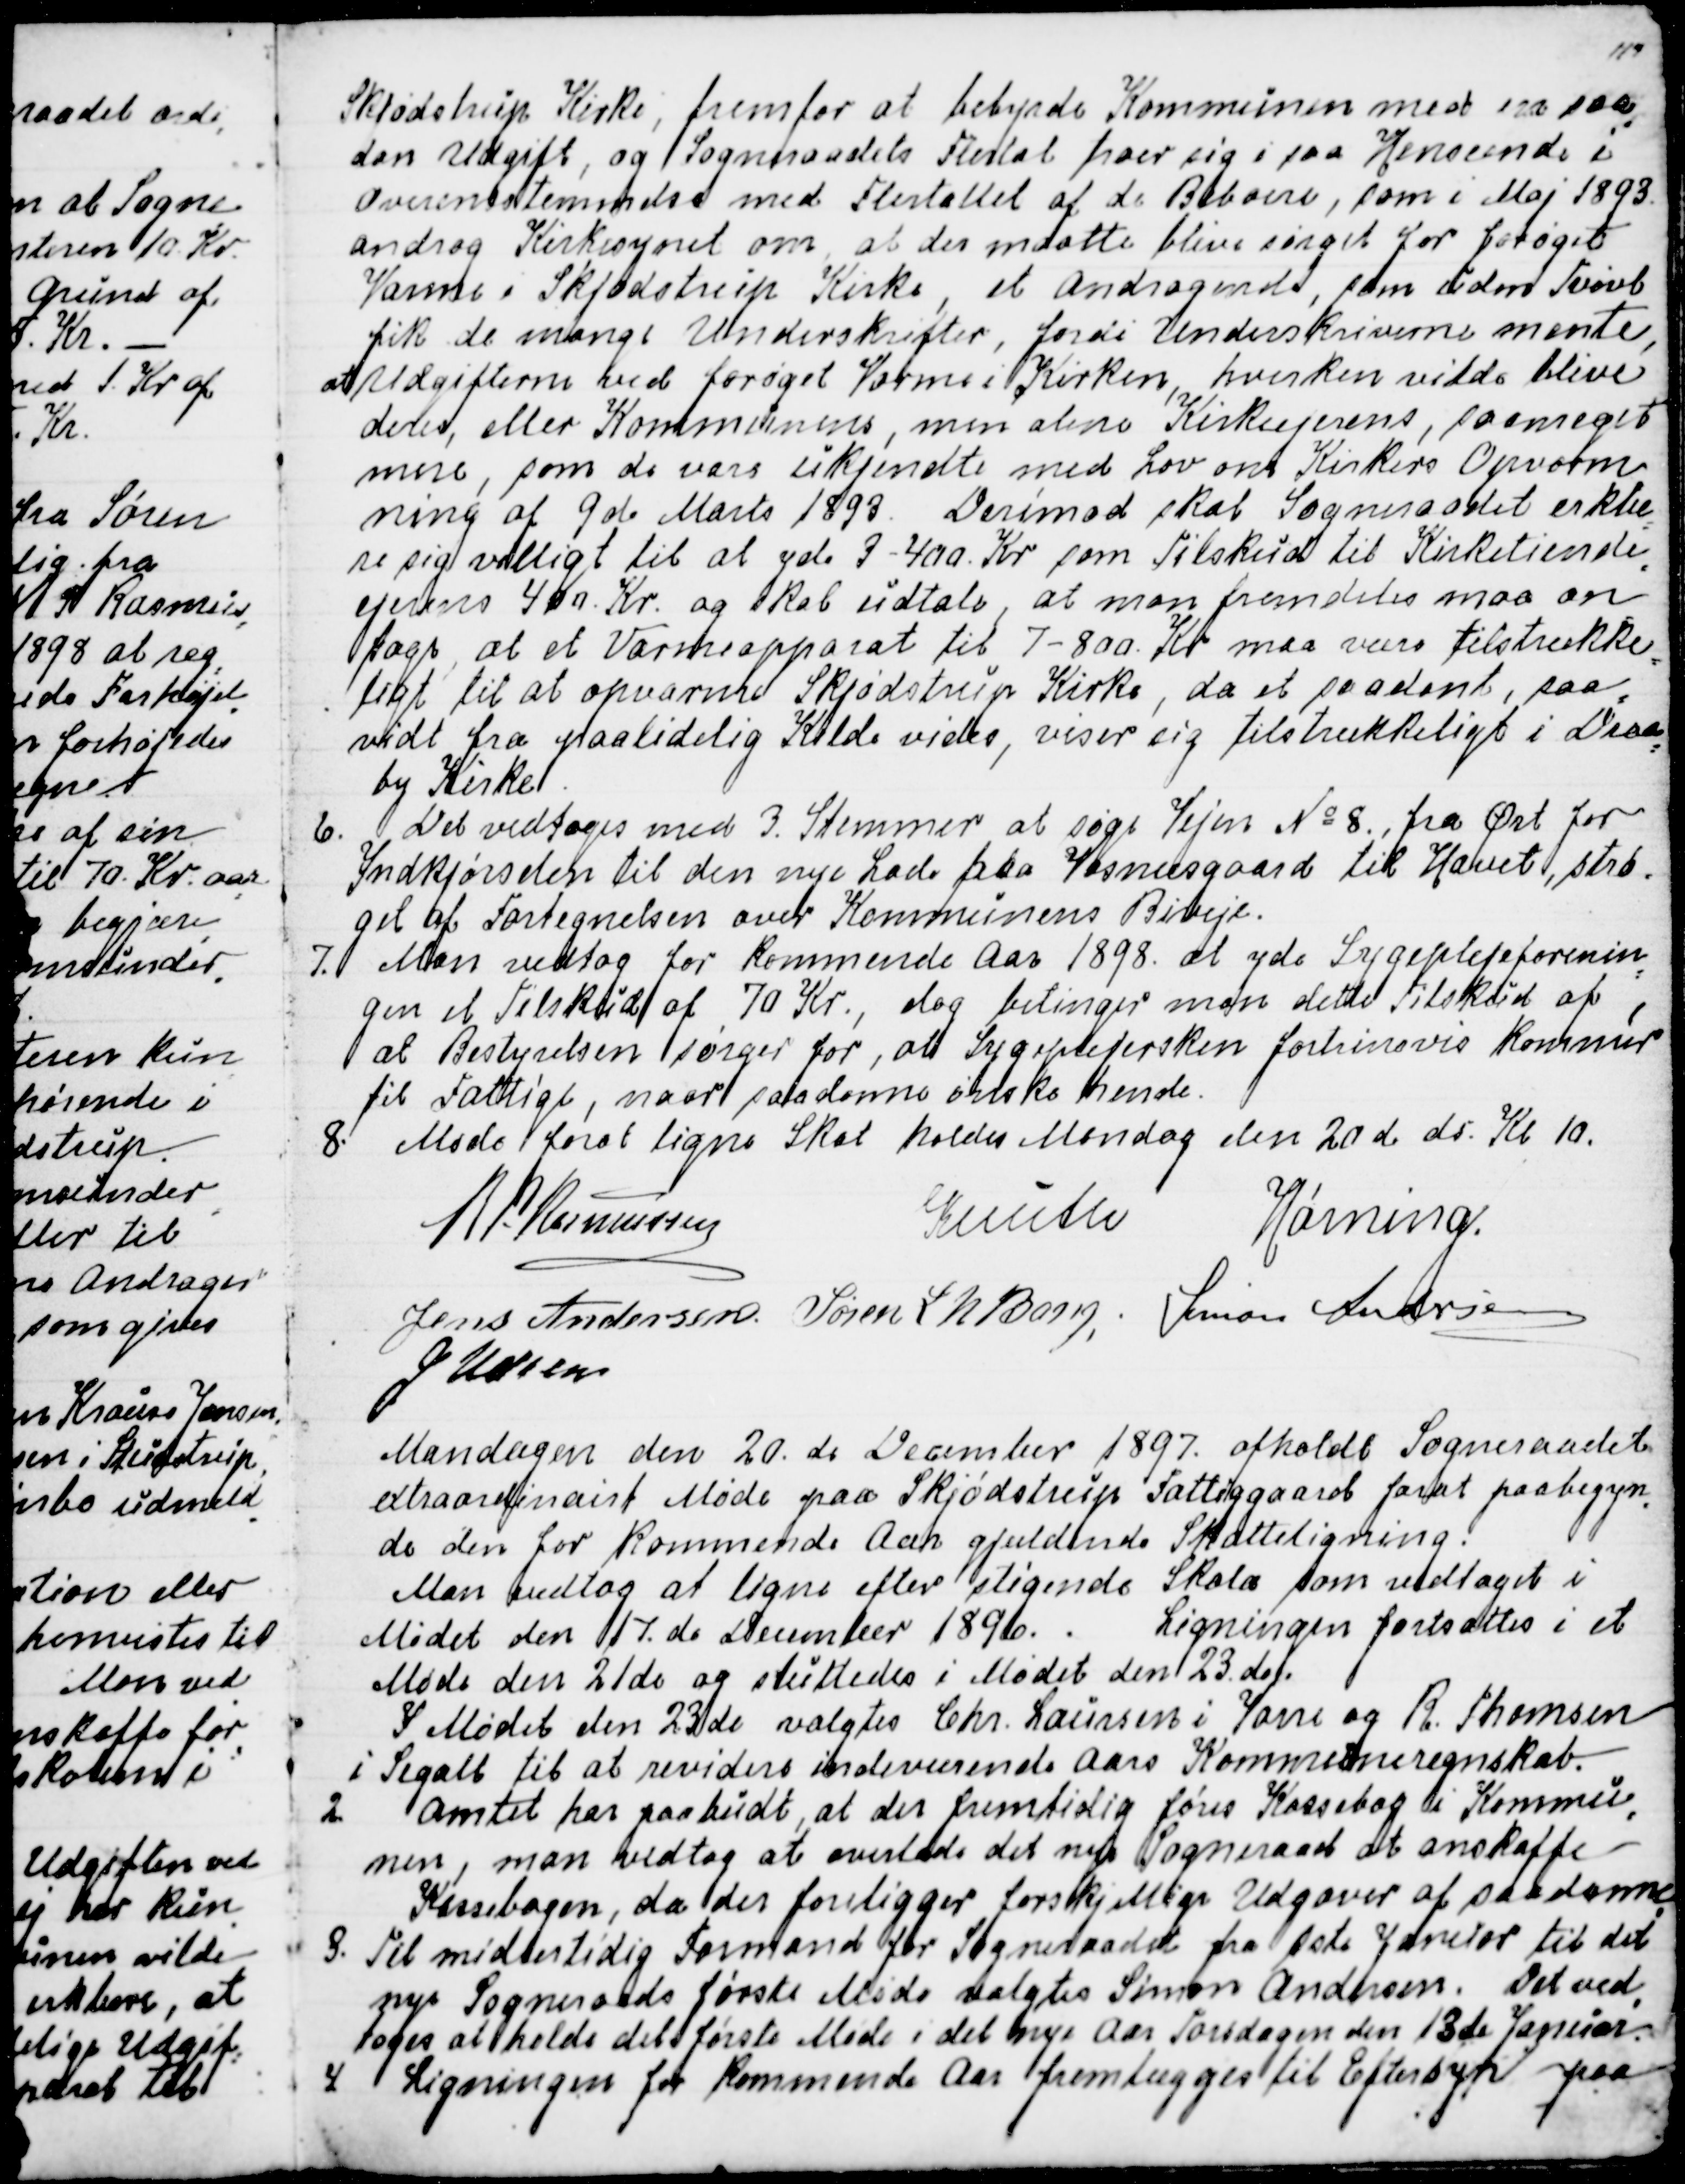
Transskription:
Skjødstrup Kirke, fremfor at bebyrde Kommunen med en saa
=
dan Udgift, og Sogneraadets Flertal troer sig i saa Henseende i
Overensstemmelse med Flertallet af de Beboere, som i Maj 1893
androg Kirkesynet om, at der maatte blive sørget for forøget
Varme i Skjødstrup Kirke, et Andragende, som uden Tvivl
fik de mange Underskrifter, fordi Underskriverne mente,
at Udgifterne ved forøget Varme i Kirken, hverken vilde blive
deres, eller Kommunens, men alene Kirkeejerens, saameget
mere, som de vare ukjendte med Lov om Kirkens Opvarm
=
ning af 9de Marts 1893. Derimod skal Sogneraadet erklæ
=
re sig villigt til at yde 3-400. Kr som Tilskud til Kirketiende
=
ejerens 400. Kr og skal udtale, at man fremdeles maa an
=
tage, at et Varmeapparat til 7-800. Kr maa være tilstrække
=
ligt til at opvarme Skjødstrup Kirke, da et saadant, saa
=
vidt fra paalidelig Kilde vides, viser sig tilstrækkeligt i Draa
=
by Kirke.
6. Det vedtoges med 3. Stemmer at søge Vejen № 8., fra Øst for
Indkjørselen til den nye Lade paa Vosnæsgard til Havet, strø
=
get af Fortegnelsen over Kommunens Biveje.
7. Man vedtog for kommende Aar 1898 at yde Sygeplejeforenin
=
gen et Tilskud af 70 Kr., dog betinger man dette Tilskud af,
at Bestyrelsen sørger for, at Sygeplejersken fortrinsvis kommer
til Fattige, naar saadanne ønske hende.
8. Møde forat ligne Skat holdes Mandag den 20de ds. Kl 10.
R P. Rasmussen
Knuth
Hørning.
Jens Andersen.
Søren L N Bang
Simon Andersen
J Udsen

Mandagen den 20de December 1897. afholdt Sogneraadet
extraordinairt Møde paa Skjødstrup Fattiggaard forat paabegyn
=
de den for kommende Aar gjældende Skatteligning.
Man vedtog at ligne efter stigende Skala, som vedtaget i
Mødet den 17.de December 1896. Ligningen fortsættes i et
Møde den 21de og sluttedes i Mødet den 23.de.
I Mødet den 23de valgtes Chr. Laursen i Vorre og R. Thomsen
i Segalt til at revidere indeværende Aars Kommuneregnskab.
2. Amtet har paabudt, at der fremtidig føres Kassebog i Kommu
=
nen, man vedtog at overlade det nye Sogneraad at anskaffe
Kassebogen, da der foreligger forskjellige Udgaver af saadanne
.
3. Til midlertidig Formand for Sogneraadet fra 1ste Januar til det
nye Sogneraads første Møde valgtes Simon Andersen. Det ved
=
toges at holde det første Møde i det nye Aar Torsdagen den 13de Januar.
4. Ligningen for kommende Aar fremlægges til Eftersyn paa